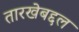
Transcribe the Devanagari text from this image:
तारखेबद्दल